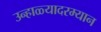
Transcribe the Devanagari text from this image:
उन्हाळ्यादरम्यान